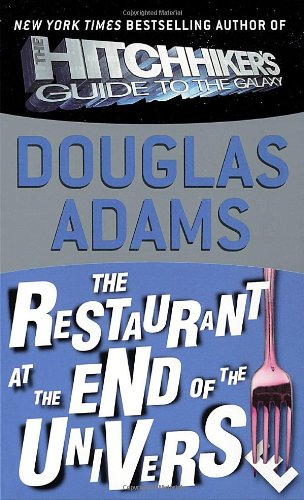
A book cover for The Restaurant at the End of the Universe; Douglas Adams; Mystery, Thriller & Suspense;